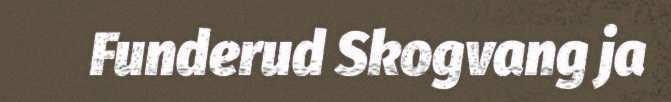
Funderud Skogvang ja